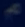
a